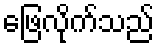
ဖြေလိုက်သည်